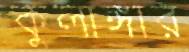
কুলাঙ্গার